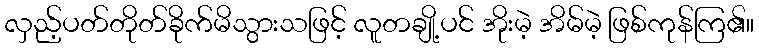
လှည့်ပတ်တိုတ်ခိုက်မိသွားသဖြင့် လူတချို့ပင် အိုးမဲ့ အိမ်မဲ့ ဖြစ်ကုန်ကြ၏။